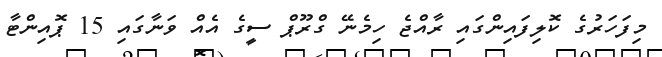
މިފަހަރުގެ ކޮލިފައިންގައި ރާއްޖެ ހިމެނޭ ގްރޫޕް ސީގެ އެއް ވަނާގައި 15 ޕޮއިންޓާ